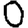
Digit: 0